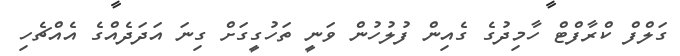
ގަލްފް ކްރާފްޓް ހާމިދުގެ ގެއިން ފުލުހުން ވަނީ ތަހުގީގަށް ގިނަ އަދަދެއްގެ އެއްޗެހި